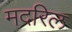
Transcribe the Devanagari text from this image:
मदरिल